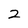
Character: 2